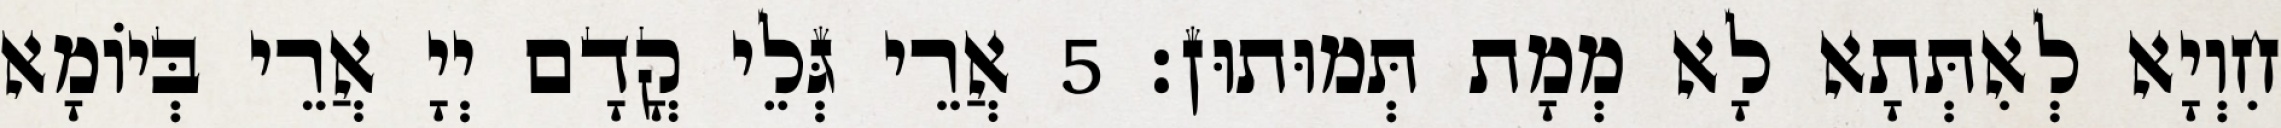
חִוְיָא לְאִתְּתָא לָא מְמָת תְּמוּתוּן׃ 5 אֲרֵי גְּלֵי קֳדָם יְיָ אֲרֵי בְּיוֹמָא